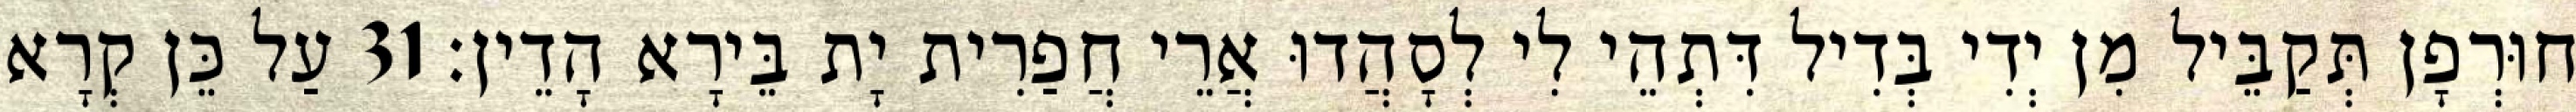
חוּרְפָן תְּקַבֵּיל מִן יְדִי בְּדִיל דִּתְהֵי לִי לְסָהֲדוּ אֲרֵי חֲפַרִית יָת בֵּירָא הָדֵין׃ 31 עַל כֵּן קְרָא